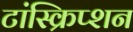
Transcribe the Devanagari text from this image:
टांस्क्रिप्शन